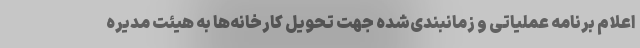
اعلام برنامه عملیاتی و زمانبندی‌شده جهت تحویل کارخانه‌ها به هیئت مدیره